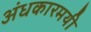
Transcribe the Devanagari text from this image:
अंधकारमयी